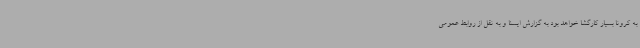
به کرونا بسیار کارگشا خواهد بود به گزارش ایسنا و به نقل از روابط عمومی